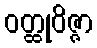
ဝတ္ထုဝိဇ္ဇာ